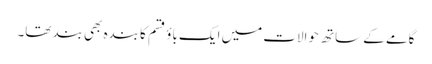
گامے کے ساتھ حوالات میں ایک باؤ قسم کا بندہ بھی بند تھا۔